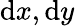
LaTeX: \mathrm{d}x,\mathrm{d}y